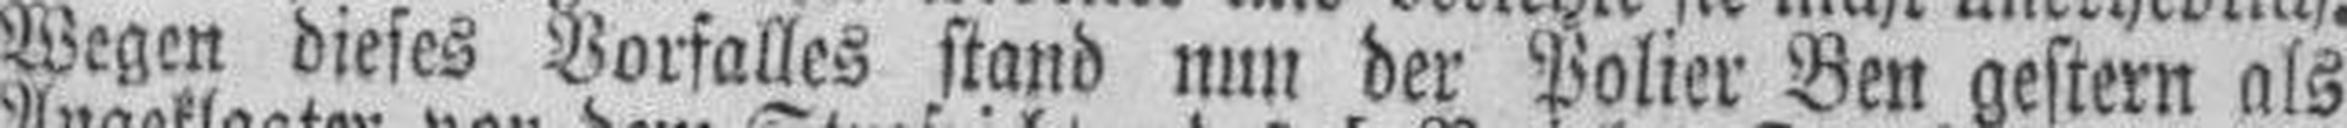
Wegen dieses Vorfalles stand nun der Polier Ben gestern als